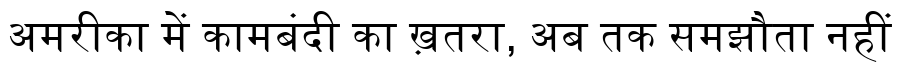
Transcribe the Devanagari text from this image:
अमरीका में कामबंदी का ख़तरा, अब तक समझौता नहीं